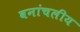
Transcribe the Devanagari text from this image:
वनांचलीय